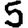
Digit: 5